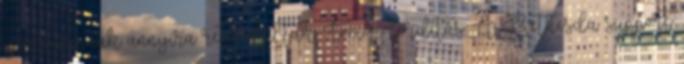
igenis vannak annyira retardáltak. Tömör fordítás: A Bethesda support